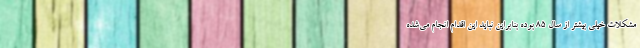
مشکلات خیلی بیشتر از سال ۸۵ بوده بنابراین نباید این اقدام انجام می‌شده